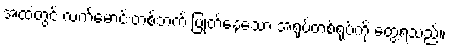
အထဲတွင် လက်မောင်းတစ်ဘက် ပြုတ်နေသော အရုပ်တစ်ရုပ်ကို တွေ့ရသည်။